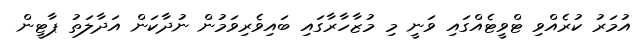
އުމަރު ކުރެއްވި ޓްވީޓެއްގައި ވަނީ މި މުޒާހާރާގައި ބައިވެރިވަމުން ނުދާކަން އަދާލަތު ޕާޓީން